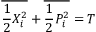
\overline { { \frac { 1 } { 2 } { X } _ { i } ^ { 2 } } } + \overline { { \frac { 1 } { 2 } { P } _ { i } ^ { 2 } } } = T